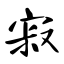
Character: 寂